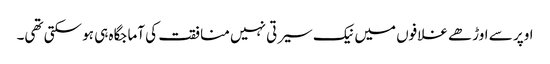
اوپر سے اوڑھے غلافوں میں نیک سیرتی نہیں منافقت کی آماجگاہ ہی ہو سکتی تھی۔